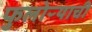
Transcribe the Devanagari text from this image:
फुलोऱ्याची